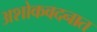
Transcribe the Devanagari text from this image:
अशोकवदनात